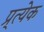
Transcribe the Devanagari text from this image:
प्र्त्येक